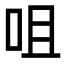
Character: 咀